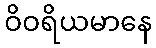
ဝိဝရိယမာနေ